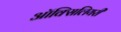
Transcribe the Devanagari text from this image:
ऑक्सिलियरी